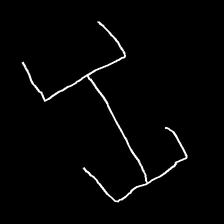
Glyph: entwine